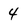
Character: 4